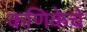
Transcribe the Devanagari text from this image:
कणिकेचे